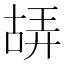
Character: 𠸙